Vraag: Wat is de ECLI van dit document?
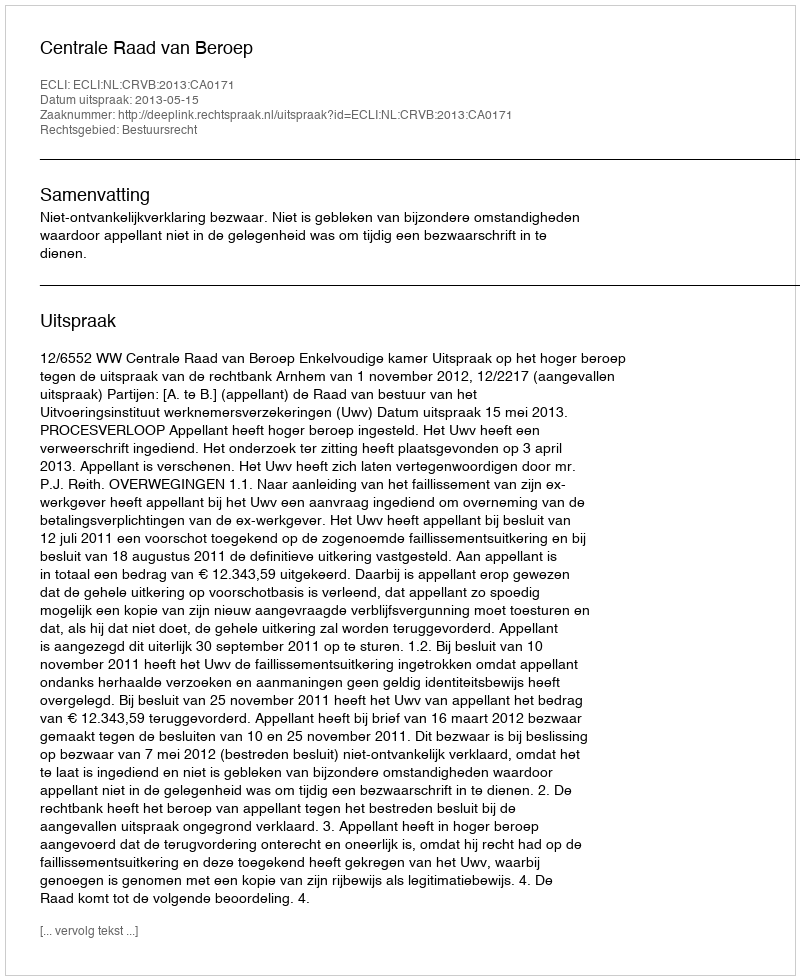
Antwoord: ECLI:NL:CRVB:2013:CA0171